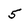
Character: 5